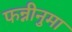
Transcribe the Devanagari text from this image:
फन्नीनुमा